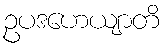
ဥပဒဟေယျာတိ